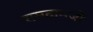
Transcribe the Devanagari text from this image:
रामदानजी